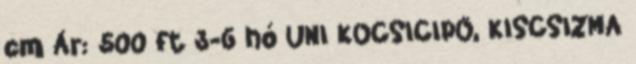
cm Ár: 500 ft 3-6 hó UNI KOCSICIPŐ, KISCSIZMA